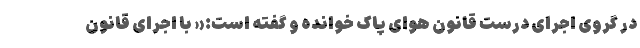
در گروی اجرای درست قانون هوای پاک خوانده و گفته است:« با اجرای قانون